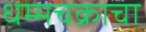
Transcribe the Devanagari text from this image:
धम्मचक्राचा